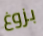
بزوغ